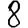
Digit: 8